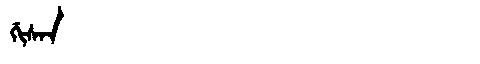
Manchu: ᡤᡳᠰᠠᠨ
Romanization: GISAN